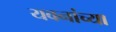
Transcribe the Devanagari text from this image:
यवनांच्या